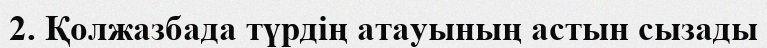
2. Қолжазбада түрдің атауының астын сызады